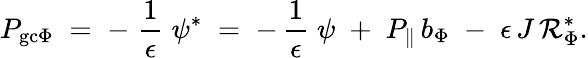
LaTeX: P_{\mathrm{gc}\Phi}\; =\; -\; \frac{1}{\epsilon}\; \psi^{*}\; =\; -\, \frac{1}{\epsilon}\; \psi\; +\; P_{\| }\, b_{\Phi}\; -\; \epsilon\, J\, {\cal R}_{\Phi}^{*}.